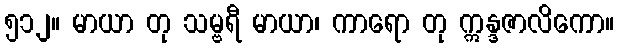
၅၁၂။ မာယာ တု သမ္ဗရီ မာယာ၊ ကာရော တု ဣန္ဒဇာလိကော။